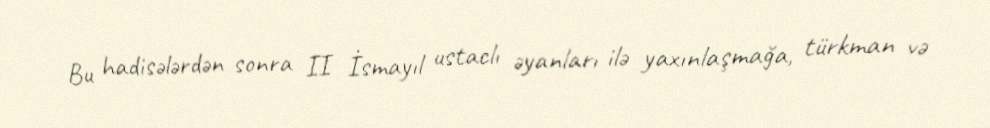
Bu hadisələrdən sonra II İsmayıl ustaclı əyanları ilə yaxınlaşmağa, türkman və